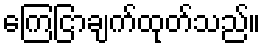
ကြေငြာချက်ထုတ်သည်။